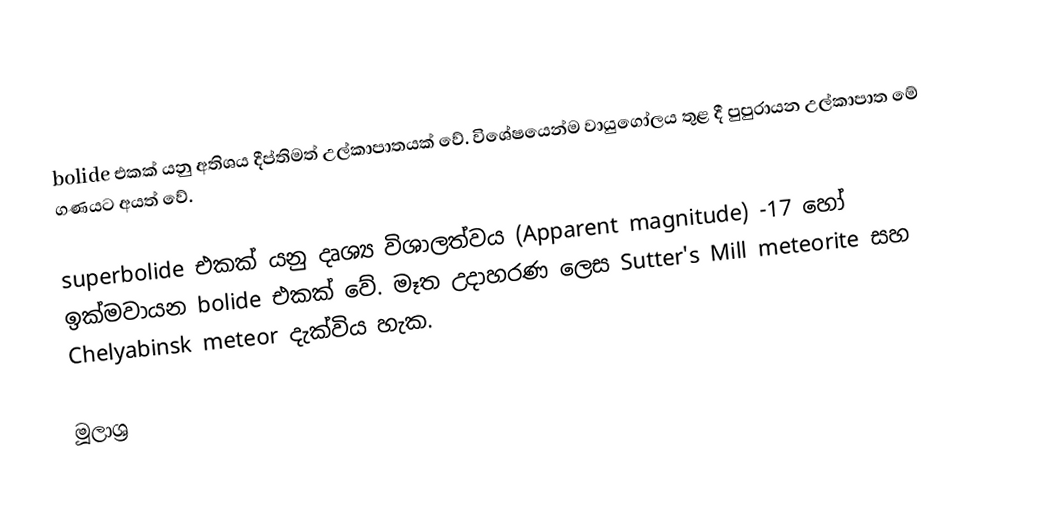
bolide  එකක් යනු අතිශය දීප්තිමත් උල්කාපාතයක් වේ. විශේෂයෙන්ම වායුගෝලය තුළ දී පුපුරායන උල්කාපාත මේ ගණයට අයත් වේ.

superbolide එකක් යනු දෘශ්‍ය විශාලත්වය (Apparent magnitude) -17 හෝ ඉක්මවායන bolide එකක් වේ. මෑත උදාහරණ ලෙස Sutter's Mill meteorite සහ Chelyabinsk meteor දැක්විය හැක.

මූලාශ්‍ර